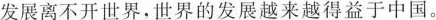
发展离不开世界，世界的发展越来越得益于中国。